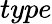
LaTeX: type